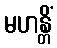
မဟန္တိံ